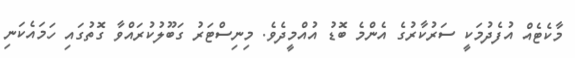
މާކެޓެއް އުފެދުމަކީ ސަރުކާރުގެ އެންމެ ބޮޑު އުއްމީދެވެ. މިނިސްޓަރު ގަބޫލުކުރައްވާ ގޮތުގައި ހަމައެކަނި